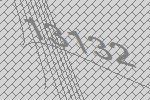
13132